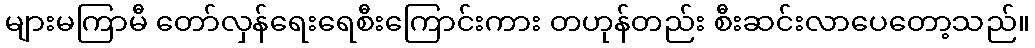
များမကြာမီ တော်လှန်ရေးရေစီးကြောင်းကား တဟုန်တည်း စီးဆင်းလာပေတော့သည်။